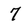
Character: 7